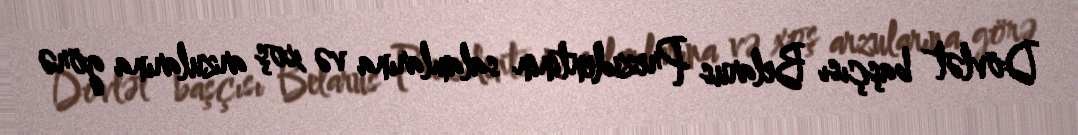
Dövlət başçısı Belarus Prezidentinin salamlarına və xoş arzularına görə